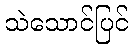
သဲသောင်ပြင်